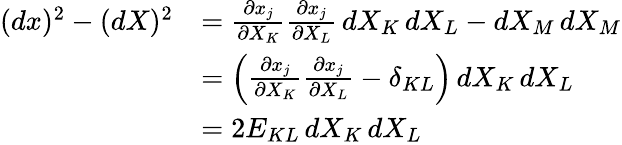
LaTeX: {\begin{array}{rl}{(dx)^{2}-(dX)^{2}}&{={\frac{\partial x_{j}}{\partial X_{K}}}{\frac{\partial x_{j}}{\partial X_{L}}}\, dX_{K}\, dX_{L}-dX_{M}\, dX_{M}}\\ &{=\left({\frac{\partial x_{j}}{\partial X_{K}}}{\frac{\partial x_{j}}{\partial X_{L}}}-\delta_{KL}\right)\, dX_{K}\, dX_{L}}\\ &{=2E_{KL}\, dX_{K}\, dX_{L}}\end{array}}